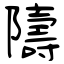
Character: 隯